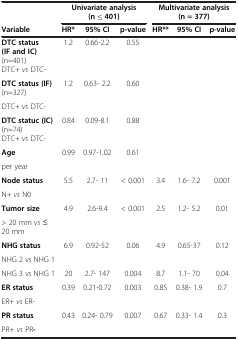
<table><thead><tr><td><b> </b></td><td colspan="3"><b>Univariate analysis (n ≤ 401)</b></td><td colspan="3"><b>Multivariate analysis (n = 377)</b></td></tr><tr><td><b>Variable</b></td><td><b>HR*</b></td><td><b>95% CI</b></td><td><b>p-value</b></td><td><b>HR**</b></td><td><b>95% CI</b></td><td><b>p-value</b></td></tr></thead><tbody><tr><td><b>DTC status (IF and IC)</b> (n=401) DTC+ <i>vs</i> DTC-</td><td>1.2</td><td>0.66-2.2</td><td>0.55</td><td> </td><td> </td><td> </td></tr><tr><td><b>DTC status (IF)</b> (n=327)</td><td rowspan="2">1.2</td><td rowspan="2">0.63- 2.2</td><td rowspan="2">0.60</td><td> </td><td> </td><td> </td></tr><tr><td>DTC+ <i>vs</i> DTC-</td><td> </td><td> </td><td> </td></tr><tr><td><b>DTC statuc (IC)</b> (n=74) DTC+ <i>vs</i> DTC-</td><td>0.84</td><td>0.09-8.1</td><td>0.88</td><td> </td><td> </td><td> </td></tr><tr><td><b>Age</b></td><td rowspan="2">0.99</td><td rowspan="2">0.97-1.02</td><td rowspan="2">0.61</td><td> </td><td> </td><td> </td></tr><tr><td>per year</td><td> </td><td> </td><td> </td></tr><tr><td><b>Node status</b></td><td rowspan="2">5.5</td><td rowspan="2">2.7- 11</td><td rowspan="2">&lt; 0.001</td><td rowspan="2">3.4</td><td rowspan="2">1.6- 7.2</td><td rowspan="2">0.001</td></tr><tr><td>N+ <i>vs</i> N0</td></tr><tr><td><b>Tumor size</b></td><td rowspan="2">4.9</td><td rowspan="2">2.6-9.4</td><td rowspan="2">&lt; 0.001</td><td rowspan="2">2.5</td><td rowspan="2">1.2- 5.2</td><td rowspan="2">0.01</td></tr><tr><td>&gt; 20 mm <i>vs</i> ≤ 20 mm</td></tr><tr><td><b>NHG status</b></td><td rowspan="2">6.9</td><td rowspan="2">0.92-52</td><td rowspan="2">0.06</td><td rowspan="2">4.9</td><td rowspan="2">0.65-37</td><td rowspan="2">0.12</td></tr><tr><td>NHG 2 <i>vs</i> NHG 1</td></tr><tr><td>NHG 3 <i>vs</i> NHG 1</td><td>20</td><td>2.7- 147</td><td>0.004</td><td>8.7</td><td>1.1- 70</td><td>0.04</td></tr><tr><td><b>ER status</b></td><td rowspan="2">0.39</td><td rowspan="2">0.21-0.72</td><td rowspan="2">0.003</td><td rowspan="2">0.85</td><td rowspan="2">0.38- 1.9</td><td rowspan="2">0.7</td></tr><tr><td>ER+ <i>vs</i> ER-</td></tr><tr><td><b>PR status</b></td><td>0.43</td><td>0.24- 0.79</td><td>0.007</td><td>0.67</td><td>0.33- 1.4</td><td>0.3</td></tr><tr><td>PR+ <i>vs</i> PR<b>-</b></td><td> </td><td> </td><td> </td><td> </td><td> </td><td> </td></tr></tbody></table>